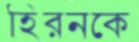
হিরনকে